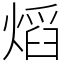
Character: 熖